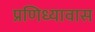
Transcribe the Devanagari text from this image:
प्रणिध्यावास